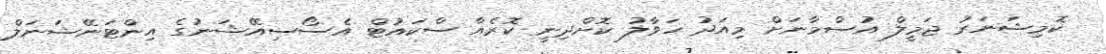
ކޮމިޝަނަރު ޖަމީލް އުސްމާނަށް މިއަދު ހަވާލު ކޮށްދިނީ ކޮރެއާ ސްކައުޓް އެސޯސިއޭޝަނުގެ އިންޓަނޭޝަނަލް